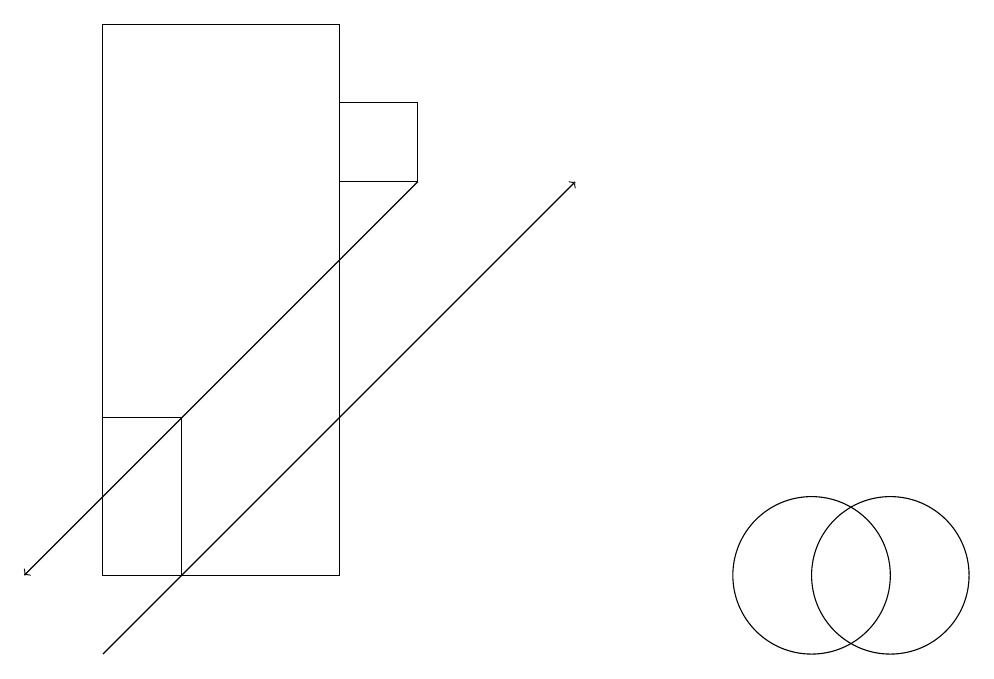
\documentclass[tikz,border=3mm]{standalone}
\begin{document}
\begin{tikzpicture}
\draw[->] (2,10) -- (8,16);
\draw (11,11) circle (1);
\draw (5,18) rectangle (2,11);
\draw[->] (6,16) -- (1,11);
\draw (5,16) rectangle (6,17);
\draw (12,11) circle (1);
\draw (3,11) rectangle (2,13);
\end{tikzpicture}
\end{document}